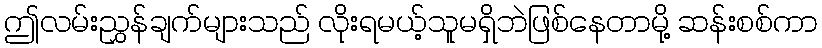
ဤလမ်းညွှန်ချက်များသည် လိုးရမယ့်သူမရှိဘဲဖြစ်နေတာမို့ ဆန်းစစ်ကာ